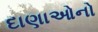
દાણાઓનો